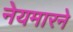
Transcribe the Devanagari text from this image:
नेयमारने